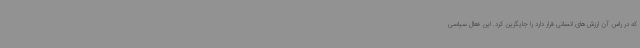
که در راس آن ارزش‌های انسانی قرار دارد را جایگزین کرد. این فعال سیاسی